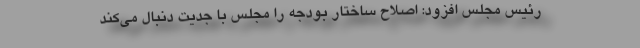
رئیس‌ مجلس افزود: اصلاح ساختار بودجه را مجلس با جدیت دنبال می‌کند